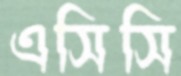
এসিসি